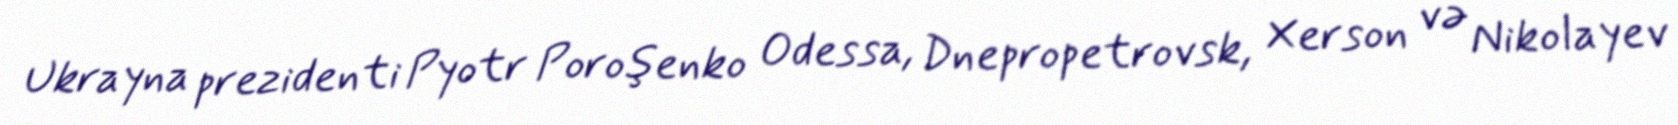
Ukrayna prezidenti Pyotr Poroşenko Odessa, Dnepropetrovsk, Xerson və Nikolayev